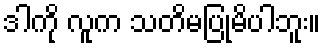
ဒါကို လူက သတိမပြုမိပါဘူး။